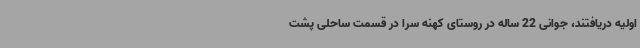
اولیه دریافتند، جوانی 22 ساله در روستای کهنه سرا در قسمت ساحلی پشت